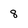
Character: 8